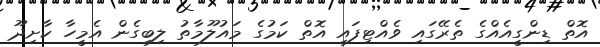
އޮތް ޑިންގީއެއްގެ ތެރޭގައި ވެއްޓިފައި އޮތް ކަމުގެ މައުލޫމާތު ލިބިގެން އެމީހާ ކާށިދޫ